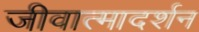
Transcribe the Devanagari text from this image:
जीवात्मादर्शन